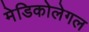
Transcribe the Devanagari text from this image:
मेडिकोलेगल